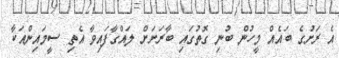
އެ ރަށުގެ ބައެއް މީހުން ބުނި ގޮތުގައި ބާރަށަށް ލައްގާފައިވާ އެތި ސީމައިންއަކާ